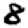
Digit: 8